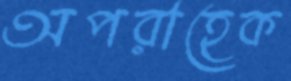
অপরাহেক